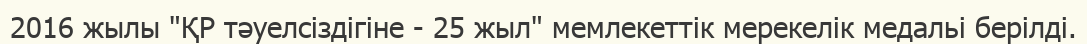
2016 жылы "ҚР тәуелсіздігіне - 25 жыл" мемлекеттік мерекелік медальі берілді.